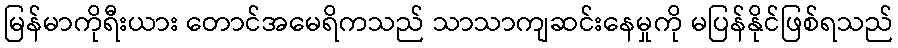
မြန်မာကိုရီးယား တောင်အမေရိကသည် သာသာကျဆင်းနေမှုကို မပြန်နိုင်ဖြစ်ရသည်